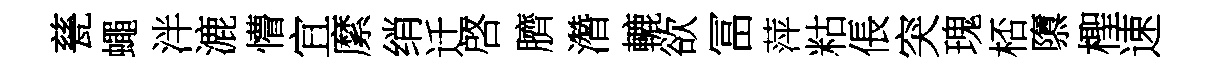
甆蠅泮漉懵宜縻绡迁啓臍濳轆欲冨萍䊀倀突瑰桮隳檉速